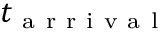
t _ { \mathrm { ~ a ~ r ~ r ~ i ~ v ~ a ~ l ~ } }